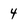
Character: 4